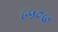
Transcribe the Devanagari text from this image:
८५०७